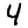
Digit: 4